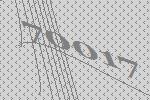
70017